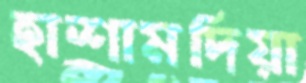
হাশামদিয়া